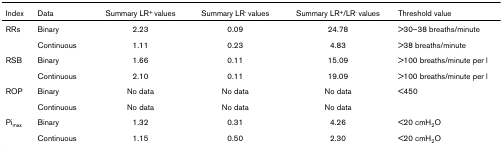
<table><thead><tr><td><b>Index</b></td><td><b>Data</b></td><td><b>Summary LR<sup>+ </sup>values</b></td><td><b>Summary LR<sup>- </sup>values</b></td><td><b>Summary LR<sup>+</sup>/LR<sup>- </sup>values</b></td><td><b>Threshold value</b></td></tr></thead><tbody><tr><td>RRs</td><td>Binary</td><td>2.23</td><td>0.09</td><td>24.78</td><td>&gt;30–38 breaths/minute</td></tr><tr><td></td><td>Continuous</td><td>1.11</td><td>0.23</td><td>4.83</td><td>&gt;38 breaths/minute</td></tr><tr><td>RSB</td><td>Binary</td><td>1.66</td><td>0.11</td><td>15.09</td><td>&gt;100 breaths/minute per l</td></tr><tr><td></td><td>Continuous</td><td>2.10</td><td>0.11</td><td>19.09</td><td>&gt;100 breaths/minute per l</td></tr><tr><td>ROP</td><td>Binary</td><td>No data</td><td>No data</td><td>No data</td><td>&lt;450</td></tr><tr><td></td><td>Continuous</td><td>No data</td><td>No data</td><td>No data</td><td></td></tr><tr><td>Pi<sub>max</sub></td><td>Binary</td><td>1.32</td><td>0.31</td><td>4.26</td><td>&lt;20 cmH<sub>2</sub>O</td></tr><tr><td></td><td>Continuous</td><td>1.15</td><td>0.50</td><td>2.30</td><td>&lt;20 cmH<sub>2</sub>O</td></tr></tbody></table>